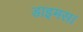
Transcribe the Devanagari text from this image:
डाइमस।